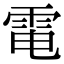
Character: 電